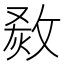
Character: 𤊮